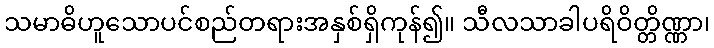
သမာဓိဟူသောပင်စည်တရားအနှစ်ရှိကုန်၍။ သီလသာခါပရိဝိတ္တိဏ္ဏာ၊